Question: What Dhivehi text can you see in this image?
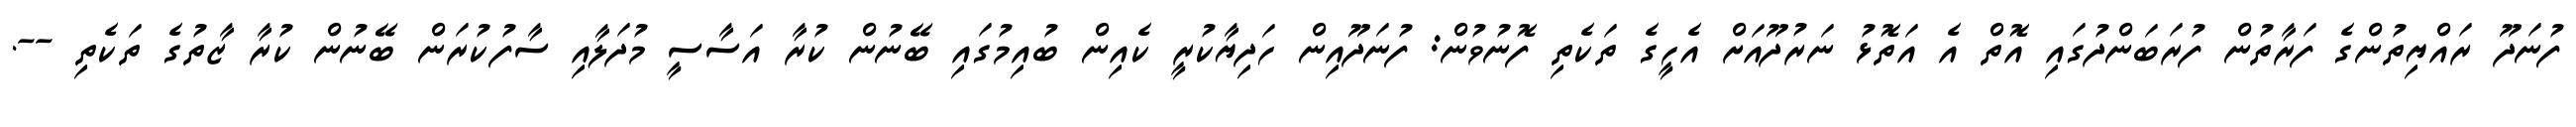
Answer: ފުނަދޫ ރައްޔިތުންގެ ފަރާތުން ފުރަބަންދުގައި އޮތް އެ އަތޮޅު ނަރުދޫއަށް އެހީގެ ތަކެތި ފޮނުވުން: ފުނަދޫއިން ހަދިޔާކުރީ ކެއިން ބުއިމުގައި ބޭނުން ކުރާ އަސާސީ މުދަލާއި ސާފުކުރަން ބޭނުން ކުރާ ޒާތުގެ ތަކެތި --.